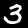
Label: 3